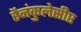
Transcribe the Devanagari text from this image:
रैनंकुलेसीए